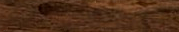
UnderNewMgmt